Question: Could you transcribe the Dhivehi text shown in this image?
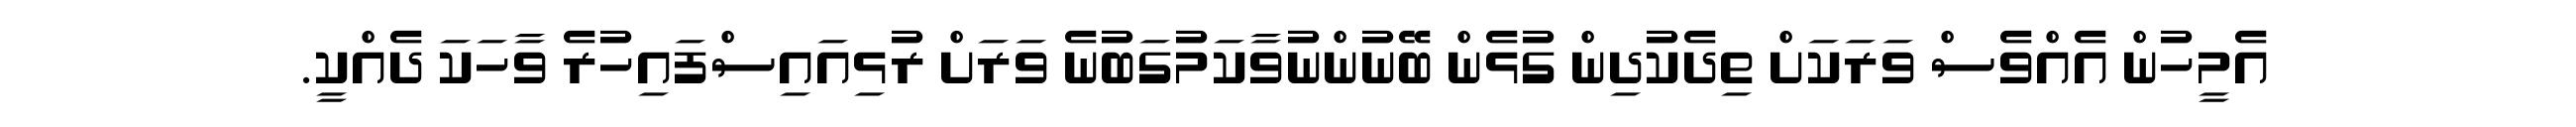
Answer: އެމީހުން އެއްވެސް ވަރަކަށް ތިދެކުދިން ގުޅެން ބޭނުންނުވާކަމުގަބުނެ ވަރަށް ރުޅިއައިސްފައިހުރެ ވާހަކަ ދެއްކީ.